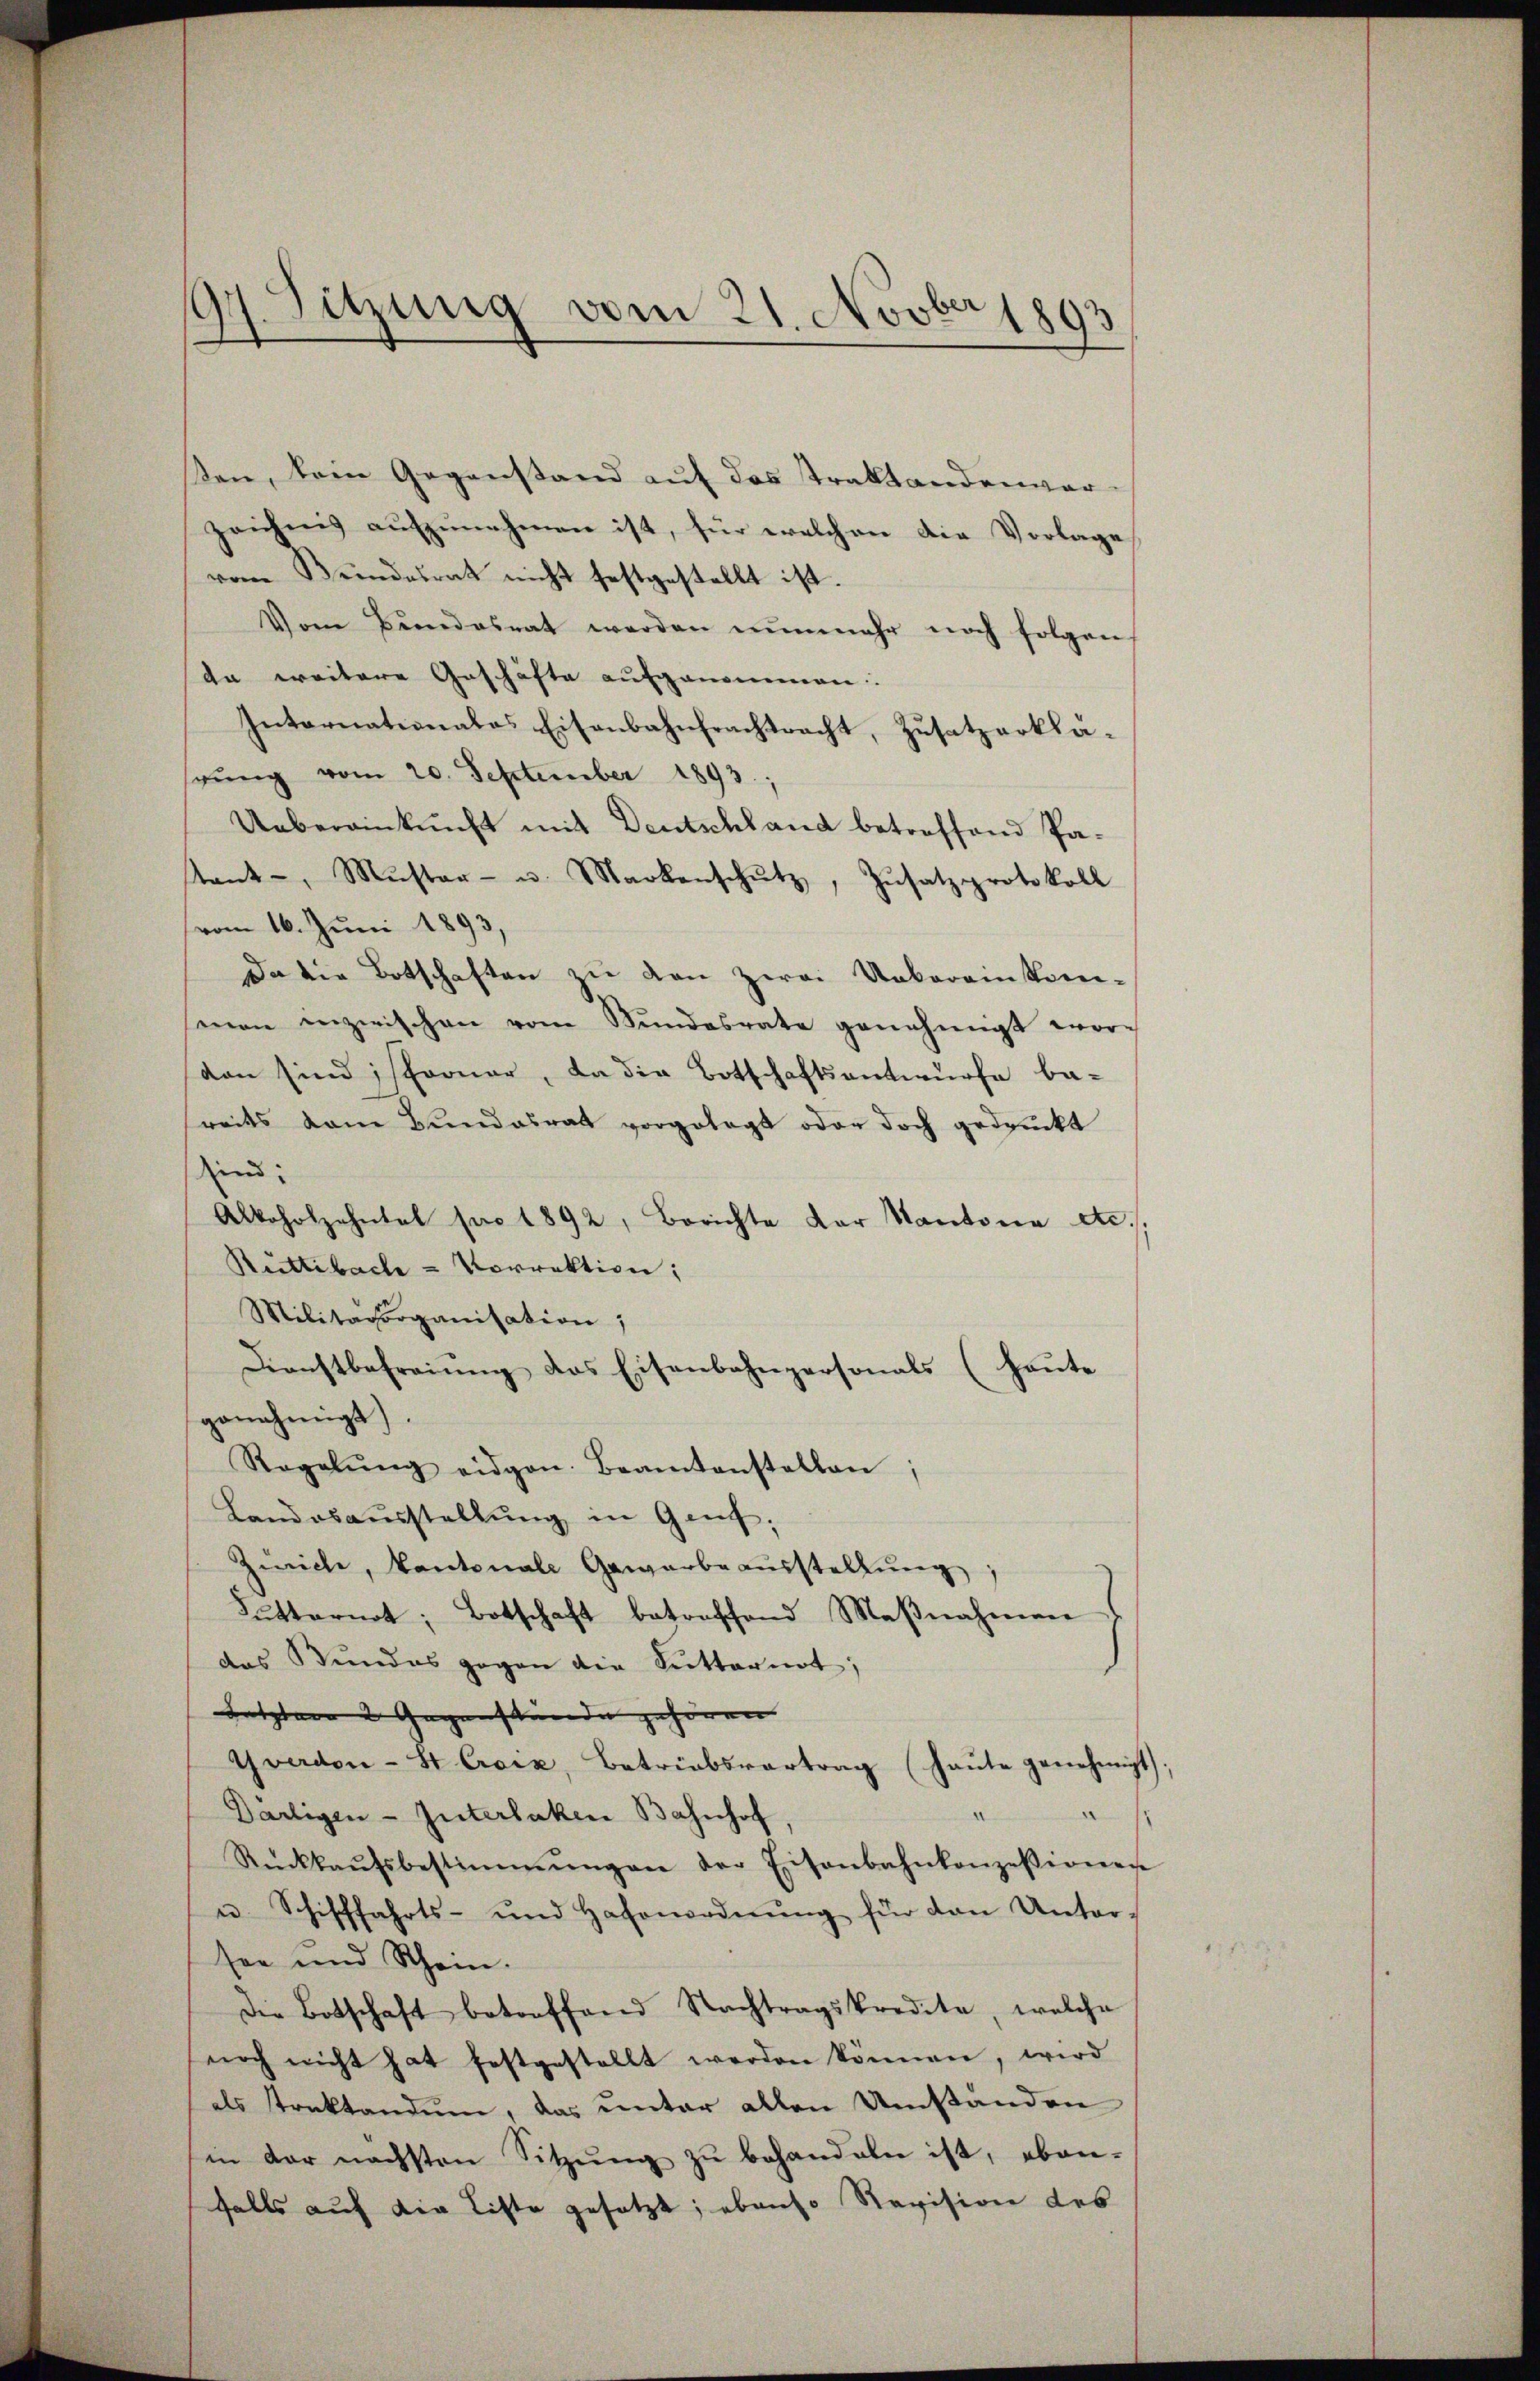
ten, kein Gegenstand auf das Traktandenwar
zeichnis aufzunehmen ist, für welchen die Vorlage
vom Bundesrat nicht festgestellt ist.
Vom Bundesrat werden nŭnmehr noch folgen
da weitere Geschäfte aufgenommen.
Internationales Eisenbahnfrachtracht, Zusatzerklährŭng vom 20. September 1893.
Uebereinkunft mit Deutschland betreffend Patant, Muster- u. Markenschŭtz, Zŭsatzprotokoll
vom 16. Juni 1893,
Da die Botschaften zu den zwei Uebereinkom-
man inzwischen von Stundesrate genehmigt wor-
den sind sporner, da die Botschaftsantwurfe be-
reits vom Bundesrath vorgelegt oder doch gedruckt
ind:
Alkoholzehntal pro 1892, Berichte der Kantone etc.
Ruttibach - Vorrektion;
Militärorganisation;
Dienstbefreiung das Eisenbahnpersonals (heute
genehmigt).
Regelŭng eidgen. Beamtenstellen;
Landosausstellung in Genf,
Zürich, Cantonale Gewarbe ausstellŭng,
Lutternot, Botschaft betreffend Maβnahmen
das Stundes gegen die Futternot;
Letztere 2 Gegenstunde gehören |
Yverdon-St Croix, Betriebsvertrag (haŭte genehmigt;
a
Därligen-Interlaken Bahnhof
Rückkaŭfsbestimmungen der Eisenbahnkonzessionen
u. Schifffahrts- und Hafenordnŭng für den Unter-
see und Schein.
Die Botschaft betreffend Nachtragskredete, welche
noch nicht hat festgestellt werden können, wird
als Traktandum, das unter allen Umständen
in der nächsten Sitzŭng zŭ behandeln ist, eben-
falls auf die Liste gesetzt; ebenso Revision des

17. Sitzung vom 21. Novber 1893
)